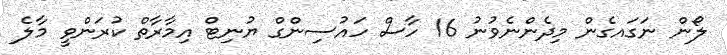
ލޯން ނަގައގެން މިދެންނެވުނު 16 ހާސް ހައުސިންގް ޔުނިޓް އިމާރާތް ކުރަންވީ މާލެ